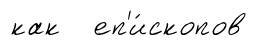
как еп'и́скопов